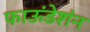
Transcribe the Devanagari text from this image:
फाऊंडेशंन